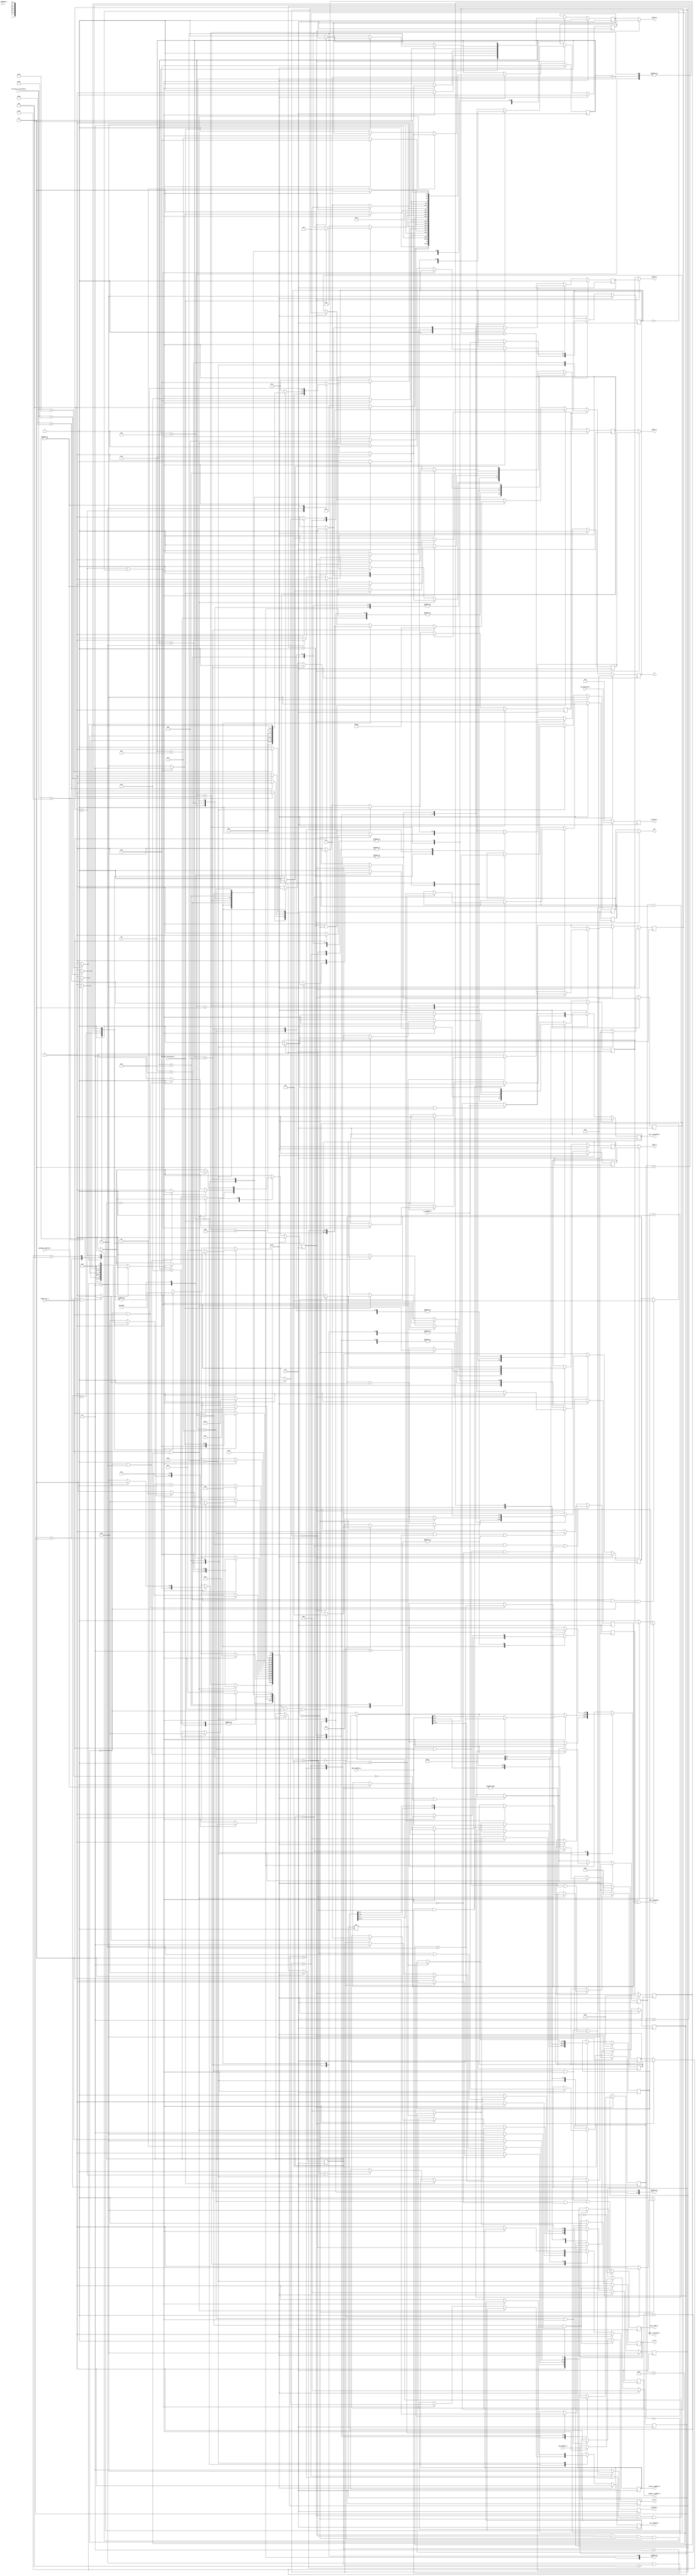
/*
 *******************************************************************************
 *
 *                  Gaurang Chaudhari   <gaurang.chaudhari@gmail.com>
 *  Version     :   2.0.0
 *
 *
 *  Changelog   :
 *
 *******************************************************************************
 */

module process_logic #(
    parameter   BL  =   3'b011, // Burst Lenght = 8
                BT  =   1'b0,   // Burst Type = Sequential
                CL  =   3'b100, // CAS Latency (CL) = 4
                AL  =   3'b100  // Posted CAS# Additive Latency (AL) = 4
    )(
    // Generic inputs
    ready_init_i, clk, reset, CK,
    // FIFO realted inputs
    addr_cmdFIFO_i, cmd_cmdFIFO_i, sz_cmdFIFO_i, op_cmdFIFO_i, din_dataFIFO_i, emptyBar_cmdFIFO_i, fullBar_returnFIFO_i, fillcount_returnFIFO_i, 
    // Address outputs
    ba, a,
    // Outputs
    addr_returnFIFO_o, get_cmdFIFO_o, get_dataFIFO_o, put_returnFIFO_o, csbar_o, rasbar_o, casbar_o, webar_o, readPtr_ringBuff_o, listen_ringBuff_o, dq_SSTL_o, dm_SSTL_o, dqs_i_SSTL_o, ts_i_o, ri_i_o
    );
 
    // Inputs
    input           ready_init_i;
    input           clk;
    input           CK;
    input           reset;
    input   [24:0]  addr_cmdFIFO_i;
    input   [ 2:0]  cmd_cmdFIFO_i;
    input   [ 1:0]  sz_cmdFIFO_i; 
    input   [ 2:0]  op_cmdFIFO_i; 
    input   [15:0]  din_dataFIFO_i;
    input           emptyBar_cmdFIFO_i;
    input           fullBar_returnFIFO_i;
    input   [ 6:0]  fillcount_returnFIFO_i;
    
    // Output
    output  [24:0]  addr_returnFIFO_o; 
    output          get_cmdFIFO_o; 
    output          get_dataFIFO_o; 
    output          put_returnFIFO_o;
    output          csbar_o, rasbar_o, casbar_o, webar_o;
    output  [ 2:0]  readPtr_ringBuff_o; 
    output          listen_ringBuff_o;
    output  [15:0]  dq_SSTL_o;
    output  [ 1:0]  dm_SSTL_o;
    output  [ 1:0]  dqs_i_SSTL_o;
    output  [ 1:0]  ba;
    output  [12:0]  a;
    output          ts_i_o;
    output          ri_i_o;
    
    // Output Reg
    reg             get_cmdFIFO_o;
    //reg             get_dataFIFO_o;
    reg             put_returnFIFO_o;
    reg     [ 2:0]  readPtr_ringBuff_o; 
    reg             listen_ringBuff_o;
    reg     [15:0]  dq_SSTL_o;
    reg     [ 1:0]  dm_SSTL_o;
    reg     [ 1:0]  dqs_i_SSTL_o;
    reg             ts_i_o; 
    reg             ri_i_o;
    reg     [24:0]  addr_returnFIFO_o;
    reg     [12:0]  a;
    
    // Internal reg
    reg             csbar, rasbar, casbar, webar;
    reg             csbarb, rasbarb, casbarb, webarb;
    reg     [24:0]  addr_cmdFIFO_reg;
    reg     [ 5:0]  cnt_reg;            // Generic state machine counter.
    reg     [11:0]  refCnt_reg;
    reg     [ 3:0]  blkCnt_reg;
    reg     [ 3:0]  state;              // Active state.
    reg     [ 1:0]  block_state;
    reg     [12:0]  row_address;        // Current row address.
    reg     [ 1:0]  bank_address;       // Current bank address.
    reg     [ 9:0]  column_address;     // Current column address.
    reg     [12:0]  rowb_address;        // Current row address.
    reg     [ 1:0]  bankb_address;       // Current bank address.
    reg     [ 9:0]  columnb_address;     // Current column address.
    reg     [ 2:0]  cmd_reg;
    reg     [ 1:0]  sz_reg;
    reg     [ 1:0]  szBlk_reg;
    reg     [ 1:0]  szRd_reg;
    reg             flag;
    reg             get_dataFIFO_p;
    reg             get_dataFIFO_n;
    
    wire    [12:0]  row_address_wire;        // Current row address.
    wire    [ 1:0]  bank_address_wire;       // Current bank address.
    wire    [ 9:0]  column_address_wire;     // Current column address.
    
    // Internal wires
    wire            cmdready;
   
    // Internal parameters
    localparam  [2:0]   NOP         =   3'b000, // Current command (from FIFO).
                        SCR         =   3'b001,
                        SCW         =   3'b010,
                        BLR         =   3'b011,
                        BLW         =   3'b100;

    localparam  [1:0]   B_IDLE      =   2'b00,
                        B_ACT       =   2'b01,
                        B_WRT       =   2'b10,
                        B_RD        =   2'b11;
                     
    localparam  [3:0]   IDLE        =   4'b0000, // States of the state machine.
                        GETCMD      =   4'b0001,
                        ACTIVATE    =   4'b0010,
                        // Read
                        SCREAD      =   4'b0011,
                        SCRLSN      =   4'b0100,
                        SCRNLSN     =   4'b0101,
                        SCRDNTH     =   4'b0110,
                        SCREND      =   4'b0111,
                        // Write
                        SCWRITE     =   4'b1000,
                        SCWRDATA    =   4'b1001,
                        SCWREND     =   4'b1010,
                        // Refresh
                        RPRE        =   4'b1011,
                        RNOP        =   4'b1100,
                        RREF        =   4'b1101,
                        RIDL        =   4'b1110;
    
    // Command for the SSTL (Uses csbar, casbar, webar and rasbar).
    localparam  [3:0]   CNOP        =   4'b0111,    // NOP.
                        CLM         =   4'b0000,    // MR and EMRs.
                        CREFRESH    =   4'b0001,    // Refresh and Auto Refresh.
                        CPRECHARGE  =   4'b0010,    // Precharge.
                        CACTIVATE   =   4'b0011,    // Activate.
                        CREAD       =   4'b0101,    // Read.
                        CWRITE      =   4'b0100;    // Write.
    
    assign row_address_wire     = (flag) ? rowb_address     : row_address;
    assign column_address_wire  = (flag) ? columnb_address  : column_address;
    assign bank_address_wire    = (flag) ? bankb_address    : bank_address;
    assign get_dataFIFO_o = get_dataFIFO_p | get_dataFIFO_n;
    assign cmdready = (emptyBar_cmdFIFO_i & ready_init_i) ? 1'b1 : 1'b0;   // Initialization is complete and input FIFOs are not empty.
    assign ba = bank_address_wire; // The current bank address.
    //assign a = ((state == SCREAD) || (state == SCWRITE) || (block_state == B_WRT) || (block_state == B_RD) || (state == RPRE)) ? {3'b001,column_address_wire} : row_address_wire; // Current address (Row or Column).
    assign casbar_o = (flag) ? casbarb  : casbar;
    assign csbar_o  = (flag) ? csbarb   : csbar;
    assign rasbar_o = (flag) ? rasbarb  : rasbar;
    assign webar_o  = (flag) ? webarb   : webar;
    
    /* Because of bank interleaving with continuous data input and output, the
     * address signal depends on multiple states. Making it combinational
     * violates the timing so this block is used and address is registered.
     */

    reg flag_a;
    always @ (posedge clk) begin
        if (reset) begin
            a   <=  13'b0;
            flag_a  <=  1'b0;
        end else begin
            a   <=   row_address_wire;
            if (flag_a) begin
                flag_a  <=  1'b0;
                a       <=  a;
            end else if (block_state == B_ACT && !blkCnt_reg) begin
                a   <=  {3'b001, column_address_wire};
                flag_a  <=  1'b1; 
            end else if (!cnt_reg) begin
                if (state == ACTIVATE) begin 
                    a   <=  {3'b001, column_address_wire};
                    flag_a  <=  1'b1;
                end 
                if (state == RPRE) begin 
                    a   <=  {3'b001, 10'b0};
                    flag_a  <=  1'b1;
                end
            end
        end
    end
    
    always @ (posedge clk) begin

        /* The counter to check if it is time to refresh */
        if (reset || !ready_init_i)
            refCnt_reg  <=  12'b1111_0011_1100;
        else
            refCnt_reg  <=  refCnt_reg - 1'b1;

        /* Flag is used to indicate if the subsequent commands of a burst read
         * or a burst write are currently active. If flag is zero, commands
         * would be idl. 
         */
        if(flag && block_state == B_IDLE && !blkCnt_reg && !szBlk_reg) begin
            flag    <=  1'b0;
        end
        if (flag && (block_state == B_RD || block_state == B_WRT) && !blkCnt_reg) begin
            addr_cmdFIFO_reg    <=  addr_cmdFIFO_reg + 4'b1000;
        end

        /* The signals commented here are reset in the parallel always block
         * which also updates them. This is required while synthesizing.
         */
        if(reset) begin
            state               <=  IDLE;
            //block_state         <=  B_IDLE;
            cnt_reg             <=  6'b0;
            //blkCnt_reg          <=  4'b0;
            put_returnFIFO_o    <=  1'b0;
            get_cmdFIFO_o       <=  1'b0;
            get_dataFIFO_p      <=  1'b0;
            //get_dataFIFO_n      <=  1'b0;
            listen_ringBuff_o   <=  1'b0;
            readPtr_ringBuff_o  <=  3'b0;
            addr_returnFIFO_o   <=  25'b0;
            addr_cmdFIFO_reg    <=  25'b0;
            row_address         <=  13'b0;
            bank_address        <=  2'b0;
            column_address      <=  10'b0;
            //rowb_address        <=  13'b0;
            //bankb_address       <=  2'b0;
            //columnb_address     <=  10'b0;
            flag                <=  1'b0;
            cmd_reg             <=  3'b0;
            sz_reg              <=  2'b0;
            //szBlk_reg           <=  2'b0;
            szRd_reg            <=  2'b0;
            {csbar, rasbar, casbar, webar}      <=  CNOP;
            //{csbarb, rasbarb, casbarb, webarb}  <=  CNOP;
        end else begin
            case(state)
                /* The idle state, if the command fifo is not empty, a get
                 * command signal is given and state changes. If the refresh
                 * counter has reached threshold, refresh logic is called.
                 */
                IDLE: begin // 4'b0000
                    if (ready_init_i && refCnt_reg < 12'b0000_0110_0100) begin
                        state               <=  RPRE;
                        if (CK) begin
                            {csbar, rasbar, casbar, webar}  <=  CPRECHARGE;
                            cnt_reg         <=  6'b00_0001;
                        end else begin
                            {csbar, rasbar, casbar, webar}  <=  CNOP;
                            cnt_reg         <=  6'b00_0010;
                        end
                    end else if(!cnt_reg) begin
                        if(cmdready) begin
                            state               <=  GETCMD;
                            cnt_reg             <=  6'b00_0010;
                            get_cmdFIFO_o       <=  1'b1;
                            readPtr_ringBuff_o  <=  3'b111;
							flag				<=	1'b0;
                        end else begin
                            state               <=  IDLE;
                            cnt_reg             <=  6'b00;
                            get_cmdFIFO_o       <=  1'b0;
                        end
                    end else begin
                        state       <=  IDLE;
                        cnt_reg     <=  cnt_reg - 1'b1;
                        {csbar, rasbar, casbar, webar}  <=  CNOP;
                    end
                end
                
                // Precharge all banks (for refresh).
                RPRE: begin
                    if (!cnt_reg) begin
                        state       <=  RNOP;
                        cnt_reg     <=  6'b00_0111;
                        {csbar, rasbar, casbar, webar}  <=  CNOP;
                    end else begin
                        state       <=  RPRE;
                        cnt_reg     <=  cnt_reg - 1'b1;
                        {csbar, rasbar, casbar, webar}  <=  CPRECHARGE;
                    end
                end
                
                // Wait after precharge (for refresh).
                RNOP: begin
                    if (!cnt_reg) begin
                        state       <=  RREF;
                        cnt_reg     <=  6'b00_0001;
                        {csbar, rasbar, casbar, webar}  <=  CREFRESH;
                        // To confirm if the prechareg signal is indeed given.
                        // Can be used to check the time between 2 refresh
                        // commands. Not used while synthesizing (since it is
                        // ignored anyway).
                        //
                        // $display ("Applying Refresh at %t ns", $time);
                    end else begin
                        state       <=  RNOP;
                        cnt_reg     <=  cnt_reg - 1'b1;
                        {csbar, rasbar, casbar, webar}  <=  CNOP;
                    end
                end
                
                // Give the refresh command.
                RREF: begin
                    if (!cnt_reg) begin
                        state       <=  RIDL;
                        cnt_reg     <=  6'b11_0111;
                        refCnt_reg  <=  12'b1111_0011_1100;
                        {csbar, rasbar, casbar, webar}  <=  CNOP;
                    end else begin
                        state       <=  RREF;
                        cnt_reg     <=  cnt_reg - 1'b1;
                        {csbar, rasbar, casbar, webar}  <=  CREFRESH;
                    end
                end
                
                // Wait before next activate can be given.
                RIDL: begin
                    if (!cnt_reg) begin
                        state       <=  IDLE;
                        cnt_reg     <=  6'b00_0001;
                        {csbar, rasbar, casbar, webar}  <=  CNOP;
                    end else begin
                        state       <=  RIDL;
                        cnt_reg     <=  cnt_reg - 1'b1;
                        {csbar, rasbar, casbar, webar}  <=  CNOP;
                    end
                end

                // If ready is active and command fifo has commands, get the
                // command.
                GETCMD: begin // 4'b0001
                        if(!cnt_reg) begin
                            //if ((cmd_cmdFIFO_i == SCR) || (cmd_cmdFIFO_i == SCW) || (cmd_cmdFIFO_i == BLR) || (cmd_cmdFIFO_i == BLW)) begin
                                state               <=  ACTIVATE;   // For scalar read or write command, go to activate.
                                addr_cmdFIFO_reg    <=  addr_cmdFIFO_i;
                                addr_returnFIFO_o   <=  addr_cmdFIFO_i;
                                cmd_reg             <=  cmd_cmdFIFO_i;
                                sz_reg              <=  sz_cmdFIFO_i;
                                //szBlk_reg           <=  sz_cmdFIFO_i;
                                szRd_reg            <=  sz_cmdFIFO_i;
                                //row_address         <=  addr_cmdFIFO_i[24:12];
                                //column_address      <=  {addr_cmdFIFO_i[11: 5], addr_cmdFIFO_i[2:0]};
                                //bank_address        <=  addr_cmdFIFO_i[4:3];
                                if (CK) begin
                                    {csbar, rasbar, casbar, webar}  <=  CACTIVATE;
                                    cnt_reg         <=  6'b00_0001;
                                end else begin
                                    {csbar, rasbar, casbar, webar}  <=  CNOP;
                                    cnt_reg         <=  6'b00_0010;
                                end
                            /*end else begin
                                state           <=  IDLE;
                                cnt_reg         <=  6'b00;
                                row_address     <=  13'b0;
                                bank_address    <=  2'b0;
                                column_address  <=  10'b0;
                                {csbar, rasbar, casbar, webar}  <=  CNOP;
                            end */
                        end else begin
                            state           <= GETCMD;
                            cnt_reg         <=  cnt_reg - 1'b1;
                            get_cmdFIFO_o   <=  1'b0;
                            {csbar, rasbar, casbar, webar}  <=  CNOP;
                        end
                        if (cnt_reg == 6'b00_0001) begin
                            row_address         <=  addr_cmdFIFO_i[24:12];
                            column_address      <=  {addr_cmdFIFO_i[11: 5], addr_cmdFIFO_i[2:0]};
                            bank_address        <=  addr_cmdFIFO_i[4:3];
                        end
                        /*if (cnt_reg == 6'b00_0010) begin
                            put_returnFIFO_o    <= 1'b0;
                        end*/
                end
                
                // If the command is valid (which is always the case here
                // since the command fifo never has invalid commands) then
                // give the activate command.
                ACTIVATE: begin // 4'b0010
                    if(!cnt_reg) begin
                        case(cmd_reg)
                            SCR: begin
                                state           <=  SCREAD;
                                cnt_reg         <=  6'b00_0001;
				                //get_dataFIFO_o  <=  1'b1;
                                {csbar, rasbar, casbar, webar}  <=  CREAD;
                                //row_address will be latched from what was in getcmd
                                //bank_address will be latched from what was in getcmd
                                        
                            end

                            SCW: begin
                                state           <=  SCWRITE;
                                cnt_reg         <=  6'b00_0001;
				                get_dataFIFO_p  <=  1'b1;
                                {csbar, rasbar, casbar, webar}  <=  CWRITE;
                                //row_address will be latched from what was in getcmd
                                //bank_address will be latched from what was in getcmd
                            end

                            BLR: begin
                                // Before a block read, make sure that the
                                // return FIFO has enough space to accommodate
                                // the data (which is redundant since the
                                // testbench always reads the return fifo and
                                // the comparison will always be true).
                                state   <=  ACTIVATE;
                                cnt_reg <=  6'b00_0000;
				                //get_dataFIFO_o  <=  1'b1;
                                {csbar, rasbar, casbar, webar}  <=  CNOP;
                                case (sz_reg)
                                    2'b00: begin
                                        if (fillcount_returnFIFO_i < 6'b11_1000) begin
                                            state   <=  SCREAD;
                                            cnt_reg <=  6'b00_0001;
                                            {csbar, rasbar, casbar, webar}  <=  CREAD;
                                        end
                                    end
                                    
                                    2'b01: begin
                                        if (fillcount_returnFIFO_i < 6'b11_0000) begin
                                            state   <=  SCREAD;
                                            cnt_reg <=  6'b00_0001;
                                            {csbar, rasbar, casbar, webar}  <=  CREAD;
                                        end
                                    end
                                    
                                    2'b10: begin
                                        if (fillcount_returnFIFO_i < 6'b10_1000) begin
                                            state   <=  SCREAD;
                                            cnt_reg <=  6'b00_0001;
                                            {csbar, rasbar, casbar, webar}  <=  CREAD;
                                        end
                                    end
                                    
                                    2'b11: begin
                                        if (fillcount_returnFIFO_i < 6'b10_0000) begin
                                            state   <=  SCREAD;
                                            cnt_reg <=  6'b00_0001;
                                            {csbar, rasbar, casbar, webar}  <=  CREAD;
                                        end
                                    end
                                    
                                    default: begin
                                        state   <=  ACTIVATE;
                                        cnt_reg <=  6'b00_0001;
                                        {csbar, rasbar, casbar, webar}  <=  CACTIVATE;
                                    end
                                endcase
                            end

                            BLW: begin
                                state           <=  SCWRITE;
                                cnt_reg         <=  6'b00_0001;
				                get_dataFIFO_p  <=  1'b1;
                                {csbar, rasbar, casbar, webar}  <=  CWRITE;
                            end

                            default: begin
                                state   <=  IDLE;
                                cnt_reg <=  6'b00_0000;
                                {csbar, rasbar, casbar, webar}  <=  CNOP;
                            end
                        endcase
                    end else begin
                        state   <=  ACTIVATE;
                        cnt_reg <=  cnt_reg - 1'b1;
                        {csbar, rasbar, casbar, webar}  <=  CACTIVATE;
                    end
                end

                // Wait for read latency.
                SCREAD: begin // 4'b0011
                    if(!cnt_reg) begin
                        state       <=  SCRLSN;
                        cnt_reg     <=  (2 * (AL + CL - 1'b1) - 1'b1);
                        if (!flag) begin
                            {csbar, rasbar, casbar, webar}  <=  CNOP;
                        end
                        if (!(!sz_reg) && cmd_reg == BLR) begin
                            addr_cmdFIFO_reg    <=  addr_cmdFIFO_reg + 4'b1000;
                            flag                <=  1'b1;
                        end else begin
                            flag                <=  1'b0;
						end
                    end else begin
                        state       <=  SCREAD;
                        cnt_reg     <=  cnt_reg - 1'b1;
                        get_dataFIFO_p  <=  1'b0;
                        if (!flag) begin
                            {csbar, rasbar, casbar, webar}  <=  CREAD;
                        end
                    end
                end

                // Issue the listen command to the ring buffer.
                SCRLSN: begin // 4'b0100
                    if(!cnt_reg) begin
                        if (fullBar_returnFIFO_i) begin
                            state               <=  SCRNLSN;
                            cnt_reg             <=  6'b00_0000;
                            if ((sz_reg == szRd_reg) || cmd_reg == SCR)
                                listen_ringBuff_o   <=  1'b1;
                            if (!flag) begin
                                {csbar, rasbar, casbar, webar}  <=  CNOP;
                            end
                        end
                    end else begin
                        state                   <=  SCRLSN;
                        cnt_reg                 <=  cnt_reg - 1'b1;
                        listen_ringBuff_o       <=  1'b0;
                        if (!flag) begin
                            {csbar, rasbar, casbar, webar}  <=  CNOP;
                        end
                    end
                    
                    if (cmd_reg != SCR) begin
                        readPtr_ringBuff_o	<= readPtr_ringBuff_o + 1'b1;
                        addr_returnFIFO_o   <= addr_returnFIFO_o + 1'b1;
                    end else
                        readPtr_ringBuff_o  <= 3'b0;
                end
                
                // Remove the listen command. Here, the tricky part is, the
                // delay between the first 2 listen pulses for contiguous data
                // is 9 clock cycles and after that it's 8 clock cycles. Hence
                // we had to add two states to take care of that depending on
                // the current cycle of the burst.
                SCRNLSN: begin // 4'b0101
                    state               <=  SCRDNTH;
                    cnt_reg             <=  6'b00_0101;
                    if (cmd_reg != SCR) begin
                        readPtr_ringBuff_o	<= readPtr_ringBuff_o + 1'b1;
                        addr_returnFIFO_o   <= addr_returnFIFO_o + 1'b1;
                    end else
                        readPtr_ringBuff_o  <= 3'b0;
                    if ((sz_reg == szRd_reg) && cmd_reg == BLR) begin
                        listen_ringBuff_o   <=  1'b0;
                    end else
                        listen_ringBuff_o   <=  1'b1;
                    
                    if (!flag) begin
                        {csbar, rasbar, casbar, webar}  <=  CNOP;
                    end
                end

                // Do nothing, wait till the ring buffer reads the data from
                // the DDR2 memory. Then check if this was the last burst, if
                // it was, end else go back and give listen command for the
                // next 8 data words.
                SCRDNTH: begin // 4'b0110;
                    if(!cnt_reg) begin
                        if (cmd_reg == SCR || !szRd_reg) begin
                            state               <=  SCREND;
                            cnt_reg             <=  6'b00_0011;
                            put_returnFIFO_o    <=  1'b1;
                        end else begin
                            state               <=  SCRLSN;
                            cnt_reg             <=  6'b00_0000;
                            szRd_reg            <=  szRd_reg - 1'b1;
                        end
                        if (!flag) begin
                            {csbar, rasbar, casbar, webar}  <=  CNOP;
                        end
                    end else begin
                        state               <=  SCRDNTH;
                        cnt_reg             <=  cnt_reg - 1'b1;
                        listen_ringBuff_o   <=  1'b0;
                        if (!flag) begin
                            {csbar, rasbar, casbar, webar}  <=  CNOP;
                        end
                    end

                    if (cmd_reg != SCR) begin
                        readPtr_ringBuff_o	<=  readPtr_ringBuff_o + 1'b1;
                        addr_returnFIFO_o   <=  addr_returnFIFO_o + 1'b1;
                    end else begin
                        readPtr_ringBuff_o  <=  3'b0;
                    end
                    
                    if (cmd_reg == BLR && cnt_reg == 6'b00_0100 && (sz_reg == szRd_reg)) begin
                        readPtr_ringBuff_o  <=  3'b0;
                        put_returnFIFO_o    <=  1'b1;
                        addr_returnFIFO_o   <=  addr_cmdFIFO_i;
                    end

                end

                // Do nothing, just wait for some cycles (mainly used to
                // properly align the put return fifo signal. Not required but
                // that increases the combinational delay on the put signal.
                SCREND: begin // 4'b0111
                    if(!cnt_reg) begin
                        state               <=  IDLE;
                        /*if (sz_reg == 2'b00 || 2'b10)
                            cnt_reg             <=  6'b00_0001;
                        else
                            cnt_reg             <=  6'b00_0001;
                        */
                        //if (cmd_reg == SCR)   
                            put_returnFIFO_o    <=  1'b0;
                        //else
                            //put_returnFIFO_o    <=  1'b1;
                        if (!flag) begin
                            {csbar, rasbar, casbar, webar}  <=  CNOP;
                        end
                    end else begin 
                        state               <=  SCREND;
                        cnt_reg             <=  cnt_reg - 1'b1;
                        if (!flag) begin
                            {csbar, rasbar, casbar, webar}  <=  CNOP;
                        end
                    end
                    
                    if (cmd_reg != SCR) begin
                        readPtr_ringBuff_o	<= readPtr_ringBuff_o + 1'b1;
                        addr_returnFIFO_o   <= addr_returnFIFO_o + 1'b1;
                    end else begin
                        readPtr_ringBuff_o  <= 3'b0;
                        put_returnFIFO_o    <= 1'b0;
                    end
                end

                // Wait for the write latency time.
                SCWRITE: begin // 4'b0111
                    if(!cnt_reg) begin
                        state               <=  SCWRDATA;
                        cnt_reg             <=  (2*(AL + CL - 1'b1) - 2'b10);
                        if (!flag) begin
                            {csbar, rasbar, casbar, webar}  <=  CNOP;
                        end
                        if (!(!sz_reg) && cmd_reg == BLW) begin
                            addr_cmdFIFO_reg    <=  addr_cmdFIFO_reg + 4'b1000;
                            flag                <=  1'b1;
                            //blkCnt_reg          <=  4'b0011;
                        end else begin
                            flag                <=  1'b0;
						end
                    end else begin
                        state               <= SCWRITE;
                        cnt_reg             <=  cnt_reg - 1'b1;
			            get_dataFIFO_p      <=  1'b0;
                        if (!flag) begin
                            {csbar, rasbar, casbar, webar}  <=  CWRITE;
                        end
                    end
                end
                
                // Depending on the number of data words to write, pick proper
                // count value and then go to next state where the DQS will be
                // generated. 
                SCWRDATA: begin // 4'b1001
                    if(!cnt_reg) begin
                        state               <=  SCWREND;
                        if (cmd_reg == BLW) begin
                            case (sz_reg)
                                2'b00: begin
                                    cnt_reg             <=  6'b00_0111;
                                end

                                2'b01: begin
                                    cnt_reg             <=  6'b00_1111;
                                end

                                2'b10: begin
                                    cnt_reg             <=  6'b01_0111;
                                end

                                2'b11: begin
                                    cnt_reg             <=  6'b01_1111;
                                end

                                default: begin
                                    cnt_reg             <=  6'b00_0111;
                                end
                            endcase
                        end else begin
                            cnt_reg             <=  6'b00_0111;
                        end
                        if (!flag) begin
                            {csbar, rasbar, casbar, webar}  <=  CNOP;
                        end
                    end else begin
                        state               <= SCWRDATA;
                        cnt_reg             <=  cnt_reg - 1'b1;
                        if (!flag) begin
                            {csbar, rasbar, casbar, webar}  <=  CNOP;
                        end
                    end
                end
                
                // DQS is generated in this state (in a separate always block
                // that runs on negative edge of clock.
                SCWREND: begin // 4'b1010
                    if(!cnt_reg) begin
                        state               <=  IDLE;
                        cnt_reg             <=  6'b01_0001;
                        if (!flag) begin
                            {csbar, rasbar, casbar, webar}  <=  CNOP;
                        end
                    end else begin
                        state               <=  SCWREND;
                        cnt_reg             <=  cnt_reg - 1'b1;
                        if (!flag) begin
                            {csbar, rasbar, casbar, webar}  <=  CNOP;
                        end
                    end
                end

                default: begin
                end

            endcase
        end
    end

    // Used to generate the DM signal to be given to the DDR2 memory while
    // writing data to it. It is a data mask which needs to be 00
    // for a valid data input and 2'b11 (3) for invalid data.
    always @(negedge clk) begin
        //if (reset)
            //get_dataFIFO_n  <=  1'b0;
        if (((state == SCWRDATA) && (!cnt_reg)) || ((cmd_reg == BLW) && (state == SCWREND) && (cnt_reg != 6'b0))) begin
            dq_SSTL_o       <=  din_dataFIFO_i;
            dm_SSTL_o       <=  2'b00;
            //get_dataFIFO_n  <=  1'b1;
            //get_cmdFIFO_o   <=  1'b1;
            //if ((state==SCWREND)&&(cnt_reg < 6'b00_0010 ) || (cmd_reg == SCW)) begin
                //get_dataFIFO_n  <=  1'b0;
                //get_cmdFIFO_o   <=  1'b0;
            //end
        end else begin
            dm_SSTL_o       <=  2'b11;
            dq_SSTL_o       <=  16'b0;
        end
    end
    
    // This is the get data fifo signal. It will control when the data is
    // fetched from the input data fifo to be written to the DDR2 memory.
    always @(posedge clk) begin
        if (reset)
            get_dataFIFO_n  <=  1'b0;
        if (((state == SCWRDATA) && (cnt_reg == 6'b00_0001)) || ((cmd_reg == BLW) && (state == SCWREND) && !(!cnt_reg))) begin
            get_dataFIFO_n  <=  1'b1;
            if ((state==SCWREND)&&(cnt_reg < 6'b00_0011 ) || (cmd_reg == SCW)) begin
                get_dataFIFO_n  <=  1'b0;
            end
        end
    end

    // This is the TS and RI signal controller block. Proper values while
    // reading and writing are maintained. It also generates the DQS signal
    // which makes a transition on every clock edge and DDR2 memory writes the
    // data input when there is a transition on DQS.
    always @(posedge clk) begin
        if ((state == SCWRDATA) && (cnt_reg == 6'b00_0011)) begin
            dqs_i_SSTL_o    <=  2'b0;
            ts_i_o          <=  1'b1;
            ri_i_o          <=  1'b0;

        end else if (state == SCWREND && cnt_reg == 6'b00) begin
            ts_i_o          <=  1'b0;
            ri_i_o          <=  1'b1;
        end
            
        if (((state == SCWRDATA) && (!cnt_reg)) || ((state == SCWREND) && !(!cnt_reg))) begin
            dqs_i_SSTL_o <=  ~dqs_i_SSTL_o;
        end
    end
    
    // This always block controls the entire command sequence for the block
    // read and write commands where the commands are given when the
    // controller is readin or writing from/to the RAM.
    always @(posedge clk) begin
        if (state == GETCMD && !cnt_reg)
            szBlk_reg           <=  sz_cmdFIFO_i;
        if (state == SCREAD && !cnt_reg && !(!sz_reg))
            blkCnt_reg          <=  4'b0011;
        if (state == SCWRITE && !cnt_reg && !(!sz_reg))
            blkCnt_reg          <=  4'b0011;

        if(reset) begin
            //state               <=  IDLE;
            block_state         <=  B_IDLE;
            //cnt_reg             <=  6'b0;
            blkCnt_reg          <=  4'b0;
            //put_returnFIFO_o    <=  1'b0;
            //get_cmdFIFO_o       <=  1'b0;
            //get_dataFIFO_p      <=  1'b0;
            //get_dataFIFO_n      <=  1'b0;
            //listen_ringBuff_o   <=  1'b0;
            //readPtr_ringBuff_o  <=  3'b0;
            //addr_returnFIFO_o   <=  25'b0;
            //addr_cmdFIFO_reg    <=  25'b0;
            //row_address         <=  13'b0;
            //bank_address        <=  2'b0;
            //column_address      <=  10'b0;
            rowb_address        <=  13'b0;
            bankb_address       <=  2'b0;
            columnb_address     <=  10'b0;
            //flag                <=  1'b0;
            //cmd_reg             <=  3'b0;
            //sz_reg              <=  2'b0;
            szBlk_reg           <=  2'b0;
            //szRd_reg            <=  2'b0;
            //{csbar, rasbar, casbar, webar}      <=  CNOP;
            {csbarb, rasbarb, casbarb, webarb}  <=  CNOP;
        end else if(flag) begin
            case (block_state)
                B_IDLE: begin
                    if (!blkCnt_reg) begin
                        if (!szBlk_reg) begin
                            //flag        <=  1'b0;
                            block_state <=  B_IDLE;
                            {csbarb, rasbarb, casbarb, webarb}  <=  CNOP;
                        end else begin
                            block_state         <=  B_ACT;
                            blkCnt_reg          <=  4'b0001;
                            {csbarb, rasbarb, casbarb, webarb}  <=  CACTIVATE;
                        end
                    end else begin
                        block_state <=  B_IDLE;
                        blkCnt_reg  <=  blkCnt_reg - 1'b1;
                        {csbarb, rasbarb, casbarb, webarb}  <=  CNOP;
                    end
                    if (blkCnt_reg == 4'b0001) begin
                        rowb_address        <=  addr_cmdFIFO_reg[24:12];
                        columnb_address     <=  {addr_cmdFIFO_reg[11: 5], addr_cmdFIFO_reg[2:0]};
                        bankb_address       <=  addr_cmdFIFO_reg[4:3];
                    end
                end

                B_ACT: begin
                    if (!blkCnt_reg) begin
                        //block_state <=  B_WRT;
                        blkCnt_reg  <=  4'b0001;
                        if(cmd_reg == BLW) begin
                            {csbarb, rasbarb, casbarb, webarb}  <=  CWRITE;
                            block_state <=  B_WRT;
                        end else if(cmd_reg == BLR) begin
                            {csbarb, rasbarb, casbarb, webarb}  <=  CREAD;
                            block_state <=  B_RD;
                        end else begin
                            {csbarb, rasbarb, casbarb, webarb}  <=  CNOP;  
                        end
                    end else begin
                        block_state <=  B_ACT;
                        blkCnt_reg  <=  blkCnt_reg - 1'b1;
                        {csbarb, rasbarb, casbarb, webarb}  <=  CACTIVATE;
                    end
                end

                B_WRT: begin
                    if (!blkCnt_reg) begin
                        block_state         <=  B_IDLE;
                        blkCnt_reg          <=  4'b0011;
                        szBlk_reg           <=  szBlk_reg - 1'b1;
                        //addr_cmdFIFO_reg    <=  addr_cmdFIFO_reg + 4'b1000;
                        {csbarb, rasbarb, casbarb, webarb}  <=  CNOP;
                    end else begin
                        block_state <=  B_WRT;
                        blkCnt_reg  <=  blkCnt_reg - 1'b1;
                        {csbarb, rasbarb, casbarb, webarb}  <=  CWRITE;
                    end
                end

                B_RD: begin
                    if (!blkCnt_reg) begin
                        block_state         <=  B_IDLE;
                        blkCnt_reg          <=  4'b0011;
                        szBlk_reg           <=  szBlk_reg - 1'b1;
                        //addr_cmdFIFO_reg    <=  addr_cmdFIFO_reg + 4'b1000;
                        {csbarb, rasbarb, casbarb, webarb}  <=  CNOP;
                    end else begin
                        block_state <=  B_RD;
                        blkCnt_reg  <=  blkCnt_reg - 1'b1;
                        {csbarb, rasbarb, casbarb, webarb}  <=  CREAD;
                    end
                end

                default: begin
                end
            endcase
        end
    end
                    
endmodule